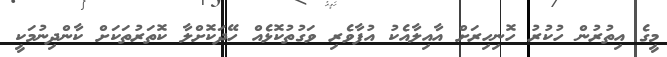
މީގެ އިތުރުން ހުކުރު ހޮނިހިރަށް އާއިލާއެކު އުފާވެރި ވަގުތުކޮޅެއް ހޭދަކޮށްލާ ކޮތަރުތަކަށް ކާންދިނުމަކީ